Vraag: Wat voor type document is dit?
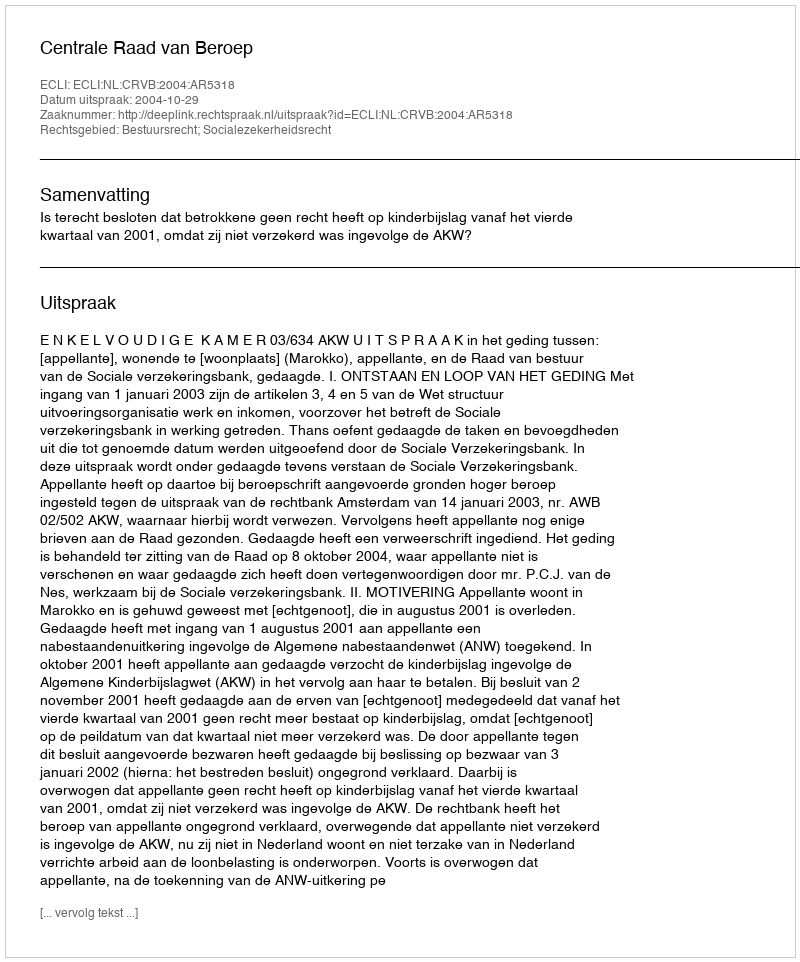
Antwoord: Uitspraak